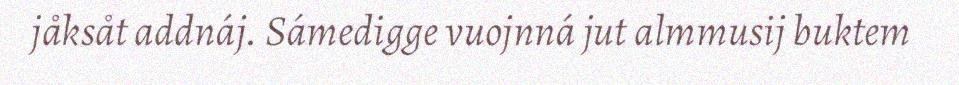
jåksåt addnáj. Sámedigge vuojnná jut almmusij buktem